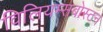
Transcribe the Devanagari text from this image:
विलियम्सबोस्टन